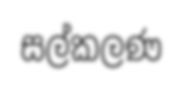
සල්කලණ